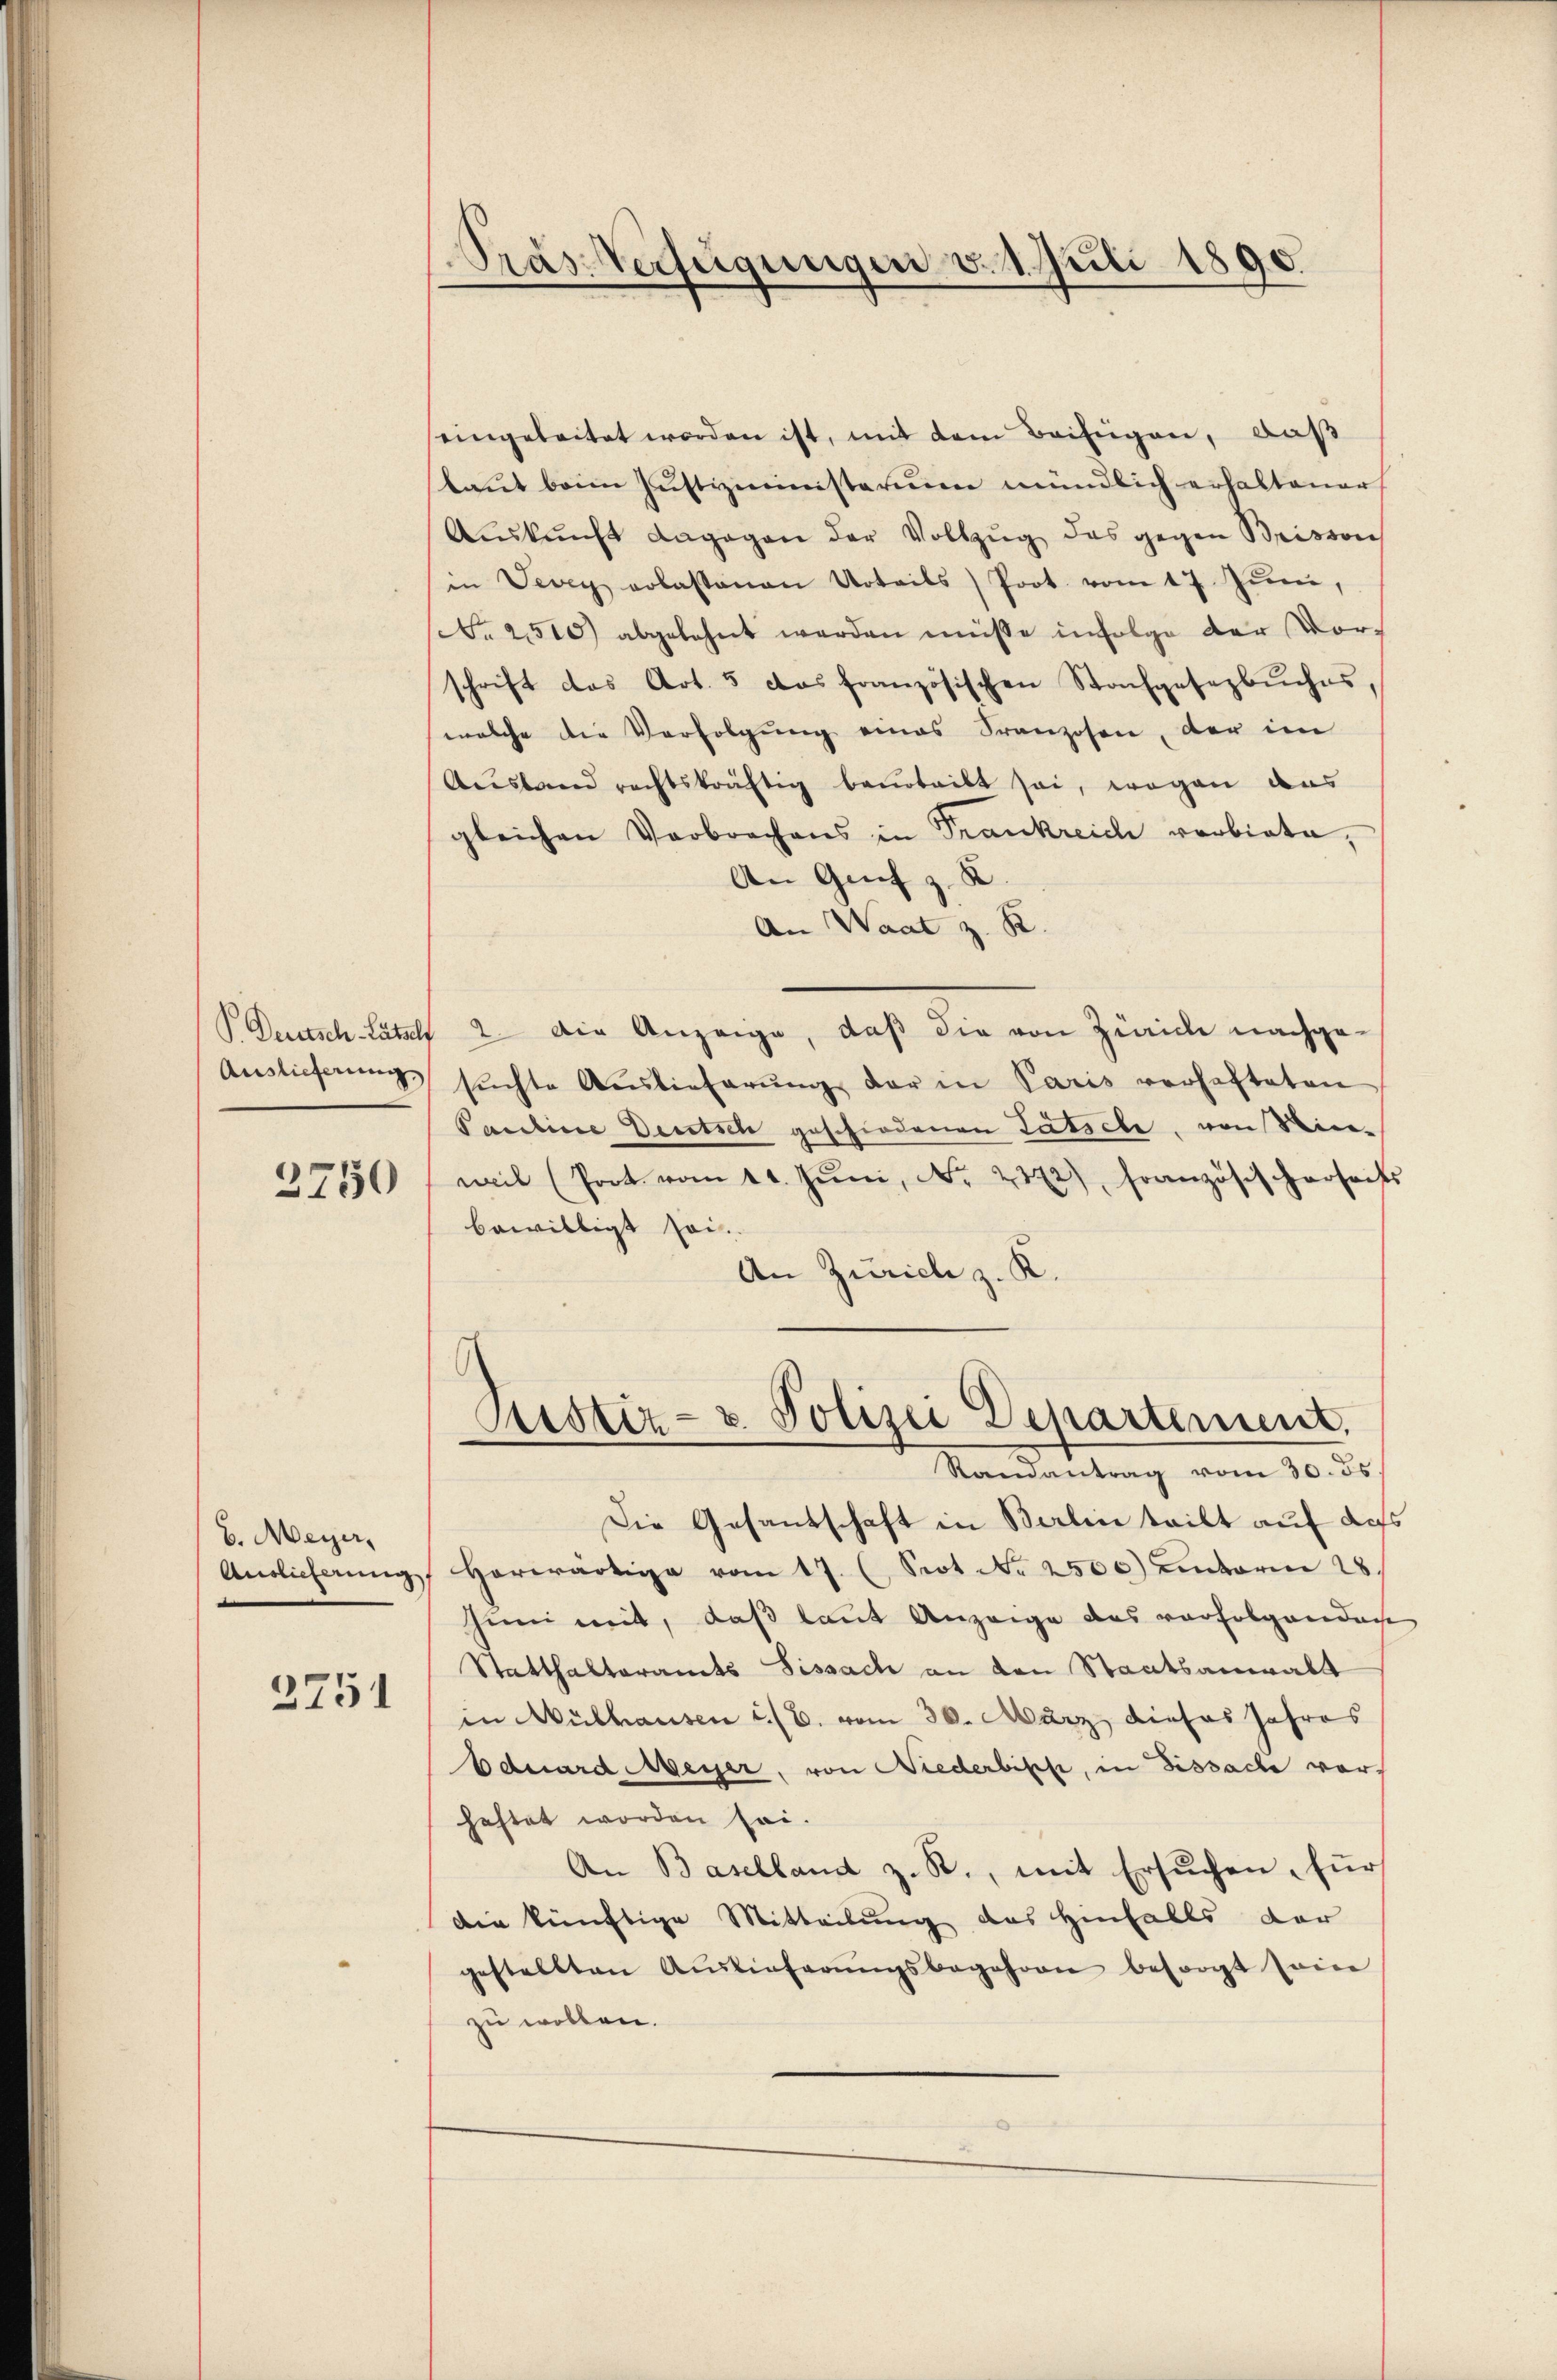
Auslieferung

3750

b. Meyer,
3751

Pras Verfügungen v. 1. Juli 1890.

eingeleitet werden ist, mit dem Beifügen, daß
laut beim Justizministerium mündlich erhaltener
Auskunft dagegen der Vollzug das gegen Brissen
in Vevey erlassenen Urteils Prot. vom 17. Juni,
Nr. 2500 abgelehnt werden müsse infolge der Vor-
schrift das Art. 5 das französischen Strafgesezbuches,
welche die Verfolgŭng eines Franzosen, der im
Ausland rechtskräftig beurteilt sei, wegen aus
gleichen Verbrechens in Trankreich verbiete,
An Grif z. B.
An Waat z. R.
P Deutsch-Rätsel 2. Die Anzeige, daß die von Zürich nachgesŭchte Auslieferŭng der in Paris verhafteten
Pauline Deutsch geschiedenen Tatsche, von Sinweil (Prot. vom 11. Jŭni, No. 2372), Französischerseck
bewilligt sei.
An Zürich z. K.
Astiz- & Polizei Departement,
Randantrag vom 30. 55.
Die Gesandschaft in Berlin teilt auf des
Antlicherŭng herwärtige vom 17. (Prot. No 2500) unterm 28.
hini mit, daß laut Anzeige des verfolgenden
Statthalteramts Sissach an den Staatsanwalt
in Mülhausen u. (E. vom 30. März dieses Jahres
Eduard Meyer, von Niederbische, in Dissache vorhaftet worden sei.
An Baselland z. R., mit Ersuchen, für
die künftige Mitteilung des Hinfalls dar
gestellten Auslieferŭngsbegehren besorgt sein
zu wollen.